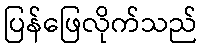
ပြန်ဖြေလိုက်သည်